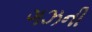
ગઝની